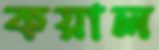
কয়াল